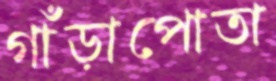
গাঁড়াপোতা